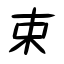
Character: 束